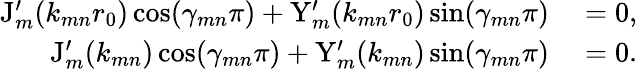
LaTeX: \begin{array}{rl}{\mathrm{J}_{m}^{\prime}(k_{mn}r_{0})\cos(\gamma_{mn}\pi)+\mathrm{Y}_{m}^{\prime}(k_{mn}r_{0})\sin(\gamma_{mn}\pi)}&{{}=0,}\\ {\mathrm{J}_{m}^{\prime}(k_{mn})\cos(\gamma_{mn}\pi)+\mathrm{Y}_{m}^{\prime}(k_{mn})\sin(\gamma_{mn}\pi)}&{{}=0.}\end{array}